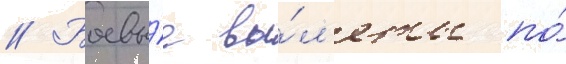
// Боевы́е вы́л'еты по́